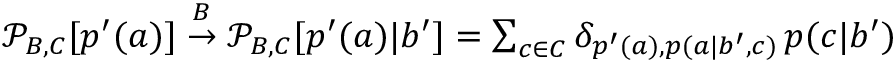
\begin{array} { r } { \mathcal { P } _ { B , C } [ p ^ { \prime } ( a ) ] \stackrel { B } { \rightarrow } \mathcal { P } _ { B , C } [ p ^ { \prime } ( a ) | b ^ { \prime } ] = \sum _ { c \in C } \delta _ { p ^ { \prime } ( a ) , p ( a | b ^ { \prime } , c ) } \, p ( c | b ^ { \prime } ) } \end{array}